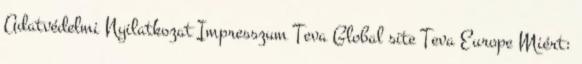
Adatvédelmi Nyilatkozat Impresszum Teva Global site Teva Europe Miért: